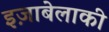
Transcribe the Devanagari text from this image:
इज़ाबेलाकी